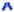
^